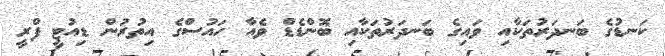
ކަނޑުގެ ބަނދަރުތަކާއި ވައިގެ ބަނދަރުތަކާއި ބޮންޑެޑް ވެއާ ހައުސްގެ އިތުރުން ޑިއުޓީ ފްރީ